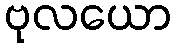
ဗုလယော